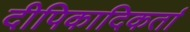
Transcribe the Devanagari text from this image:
दीपिकादिकर्ता